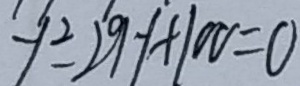
y ^ { 2 } - 2 9 - 1 + 1 0 0 = 0